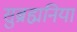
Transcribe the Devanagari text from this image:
सुब्रह्मनिया